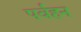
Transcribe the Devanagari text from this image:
पर्वहन